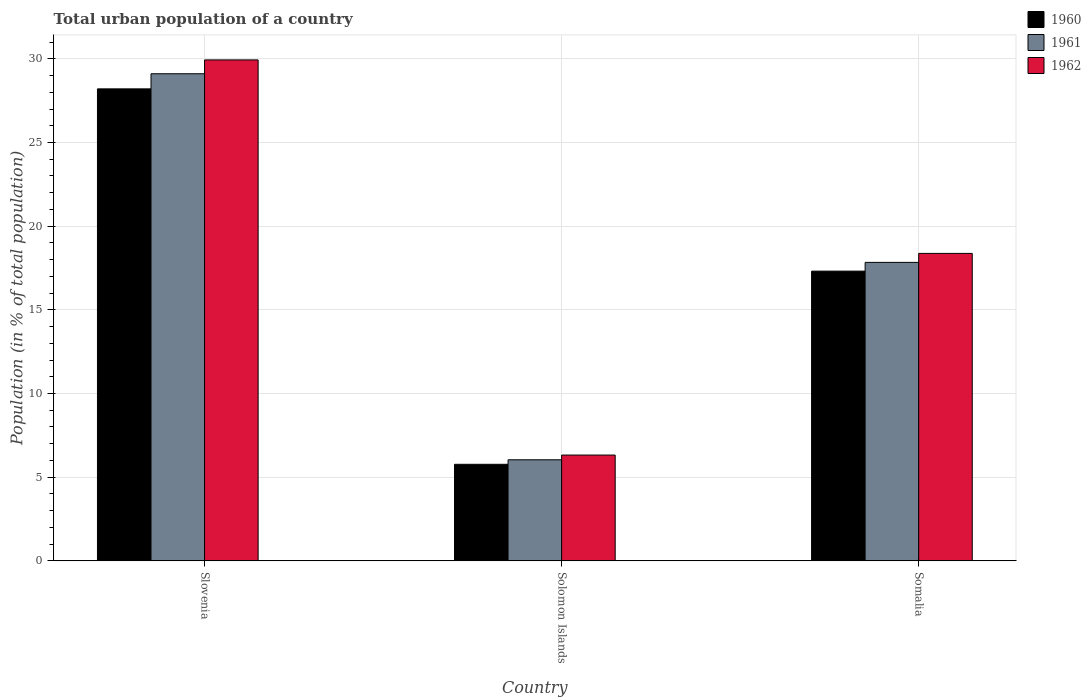
| Country | 1960 | 1961 | 1962 |
 | --- | --- | --- | --- |
 | Slovenia | 28.2 | 29.1 | 29.9 |
 | Solomon Islands | 5.77 | 6.04 | 6.32 |
 | Somalia | 17.3 | 17.8 | 18.4 |